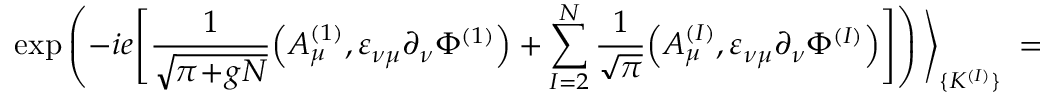
\exp \left( - i e \Bigg [ \frac { 1 } { \sqrt { \pi \! + \! g N } } \Big ( A _ { \mu } ^ { ( 1 ) } , \varepsilon _ { \nu \mu } \partial _ { \nu } \Phi ^ { ( 1 ) } \Big ) + \sum _ { I = 2 } ^ { N } \frac { 1 } { \sqrt { \pi } } \Big ( A _ { \mu } ^ { ( I ) } , \varepsilon _ { \nu \mu } \partial _ { \nu } \Phi ^ { ( I ) } \Big ) \Bigg ] \right) \Bigg \rangle _ { \{ K ^ { ( I ) } \} } \; =